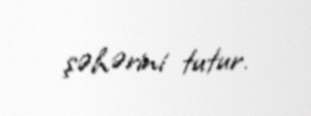
şəhərini tutur.